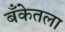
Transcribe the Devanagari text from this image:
बँकेतला